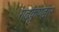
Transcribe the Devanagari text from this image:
गढ़कुण्डार